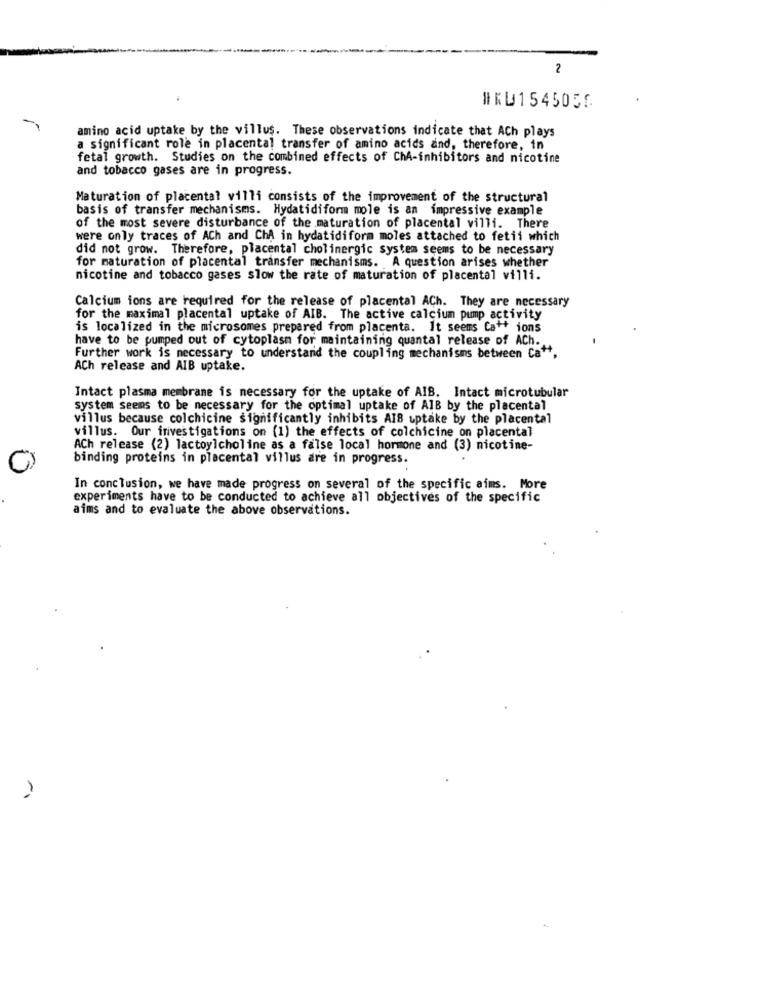
2
#KU1545059
amino acid uptake by the villus. These observations indicate that ACh plays
a significant role in placental transfer of amino acids and, therefore, in
fetal growth. Studies on the combined effects of ChA-inhibitors and nicotine
and tobacco gases are in progress.
Maturation of placental villi consists of the improvement of the structural
basis of transfer mechanisms. Hydatidiform mole is an impressive example
of the most severe disturbance of the maturation of placental villi. There
were only traces of ACh and ChA in hydatidiform moles attached to fetii which
did not grow. Therefore, placental cholinergic system seems to be necessary
for maturation of placental transfer mechanisms. A question arises whether
nicotine and tobacco gases slow the rate of maturation of placental villi.
Calcium ions are required for the release of placental ACh. They are necessary
for the maximal placental uptake of AIB. The active calcium pump activity
is localized in the microsomes prepared from placenta. It seems Ca ** ions
have to be pumped out of cytoplasm for maintaining quantal release of ACh.
Further work is necessary to understand the coupling mechanisms between Ca"t,
ACh release and AIB uptake.
Intact plasma membrane is necessary for the uptake of AIB. Intact microtubular
system seems to be necessary for the optimal uptake of AIB by the placental
villus because colchicine significantly inhibits AIB uptake by the placental
villus. Our investigations on (1) the effects of colchicine on placental
ACh release (2) lactoylcholine as a false local hormone and (3) nicotine-
binding proteins in placental villus are in progress.
In conclusion, we have made progress on several of the specific aims. More
experiments have to be conducted to achieve all objectives of the specific
aims and to evaluate the above observations.